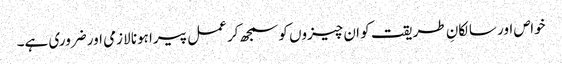
خواص اور سالکانِ طریقت کو ان چیزوں کو سمجھ کر عمل پیرا ہونا لازمی اور ضروری ہے۔